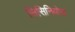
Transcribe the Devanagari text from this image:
सिसिनियोस